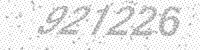
Solution: 927226